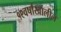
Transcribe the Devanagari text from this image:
१९वर्षांखालील